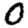
Digit: 0